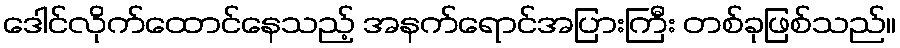
ဒေါင်လိုက်ထောင်နေသည့် အနက်ရောင်အပြားကြီး တစ်ခုဖြစ်သည်။